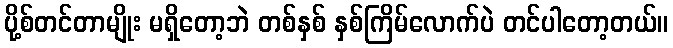
ပို့စ်တင်တာမျိုး မရှိတော့ဘဲ တစ်နှစ် နှစ်ကြိမ်လောက်ပဲ တင်ပါတော့တယ်။